system: You are a helpful assistant.
user:
Analyze the provided spectrum to determine if it is a **M-type Giant (gM)**.

A M-type Giant spectrum is defined by its **strong molecular absorption** features, particularly from **Titanium Oxide (TiO)**. You must check for one of the following mutually exclusive signatures:

- **Key Visual Indicators (Absorption-Dominated Spectrum):**

    - **(Primary):** The spectrum is dominated by strong molecular absorption from **Titanium Oxide (TiO)**. This is the **defining feature** of its M-type temperature class.
        - **(Key Bandheads):** Look for sharp, "saw-tooth" absorption valleys. The strongest are located near **~7050 Å**, **~6160 Å**, and **~5170 Å**.
        - **(Line Profile):** The "saw-tooth" morphology is critical: a **sharp, steep drop on the BLUE (short-wavelength) side** of the bandhead, followed by a gradual recovery (rising flux) towards the RED (long-wavelength) side.

    - **(Key Confirmation - Giant vs. Dwarf):** **ABSENCE** of strong **Calcium Hydride (CaH)** molecular bands. This is the primary diagnostic for *excluding* M-dwarfs.
        - **(Key Region):** The spectrum should lack the strong, broad absorption band seen in dwarfs between **~6800 Å and ~7000 Å**.

    - **(Secondary Confirmation - Giant):** A very strong and broad **Neutral Calcium (Ca I)** atomic absorption line.
        - **(Key Line):** Located at **~4226 Å**. In a giant (gM), this line is significantly deeper and broader than the same line in an M-dwarf (dM) due to low surface gravity.

    - **(Overall Spectrum):**
        - The continuum is **extremely red-sloping** (i.e., flux is very low in the blue and rises dramatically towards the red).
        - The entire spectrum appears "chopped up" by the deep TiO bands.

Think first, call **spectral_visualization_tool** if needed to examine features in detail, then provide your final answer. Your response must adhere to the following strict rules:
1.  **Overall Structure:** Your response must follow the format `<think>...</think> <tool_call>...</tool_call> (if a tool is used) <answer>...</answer>`.
2.  **Tool Usage Constraint:** You may only make **one** tool call per turn.
3.  **Final Answer Format:** In the `<answer>` tag, your conclusion must be inside a `\boxed{}` command (e.g., `\boxed{YES}` or `\boxed{NO}`), followed by your justification.

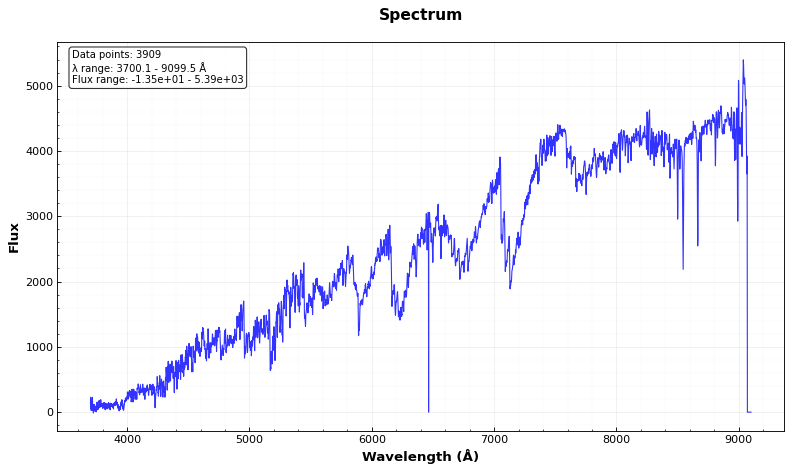
Answer: YES